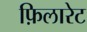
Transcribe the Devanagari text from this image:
फ़िलारेट